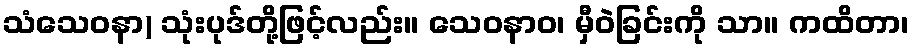
သံသေဝနာ) သုံးပုဒ်တို့ဖြင့်လည်း။ သေဝနာဝ၊ မှီဝဲခြင်းကို သာ။ ကထိတာ၊